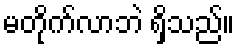
မတိုက်လာဘဲ ရှိသည်။